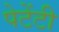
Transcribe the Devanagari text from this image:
पेटेंटी